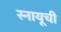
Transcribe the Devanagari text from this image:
स्नायूची